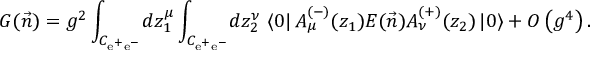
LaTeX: { \cal G } ( \vec { n } ) = g ^ { 2 } \int _ { C _ { \mathrm { e } ^ { + } \mathrm { e } ^ { - } } } \! d z _ { 1 } ^ { \mu } \int _ { C _ { \mathrm { e } ^ { + } \mathrm { e } ^ { - } } } \! d z _ { 2 } ^ { \nu } \ \langle 0 | \, A _ { \mu } ^ { ( - ) } ( z _ { 1 } ) { \cal E } ( \vec { n } ) A _ { \nu } ^ { ( + ) } ( z _ { 2 } ) \, | 0 \rangle + { \cal O } \left( g ^ { 4 } \right) .